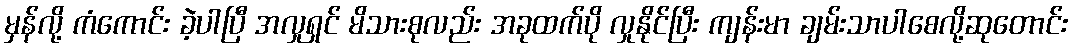
မှန်လို့ ကံကောင်း ခဲ့ပါပြီ အလှုရှင် မိသားစုလည်း အခုထက်ပို လှုနိုင်ပြီး ကျန်းမာ ချမ်းသာပါစေလို့ဆုတောင်း